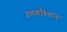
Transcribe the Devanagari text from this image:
दत्तकविधान